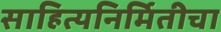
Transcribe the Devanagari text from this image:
साहित्यनिर्मितीचा